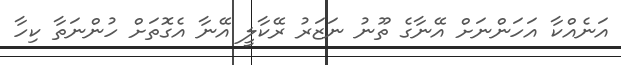
އަނެއްކާ އަހަންނަށް އޭނާގެ ތޫނު ނަޒަރު ރޭކާލީ އޭނާ އެގޮތަށް ހުންނަތާ ކިހާ